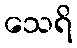
သေရိ